Indian journal of veterinary science and animal husbandry - Volume 5,
Year: 1935
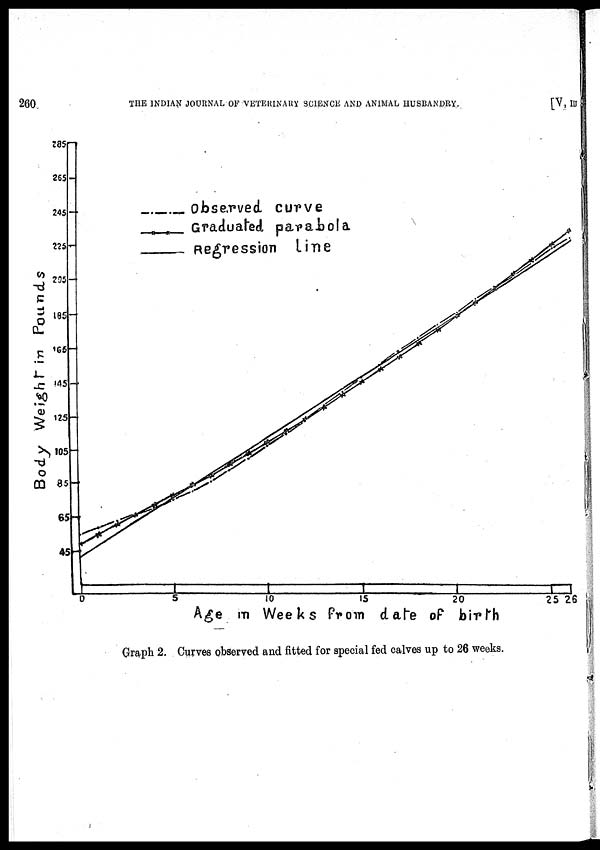
260
THE INDIAN JOURNAL OF VETERINARY SCIENCE AND ANIMAL HUSBANDRY.
[V, III
Graph 2. Curves observed and fitted for special fed calves up to 26 weeks.